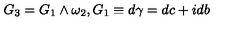
G _ { 3 } = G _ { 1 } \wedge \omega _ { 2 } , G _ { 1 } \equiv d \gamma = d c + i d b